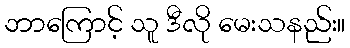
ဘာကြောင့် သူ ဒီလို မေးသနည်း။